Problem: 31 + 15 = ?
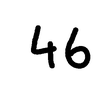
Handwritten answer: 46